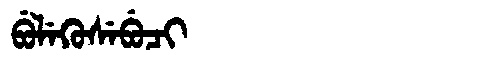
Manchu: ᠪᡠᠯᡝᡴᡠᠰᡝᠪᡠᠴᡳ
Romanization: BULEKUSEBUCI